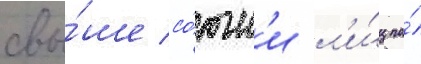
свы́ше со́тн'и л'и́ц по́